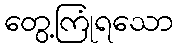
တွေ့ကြုံရသော